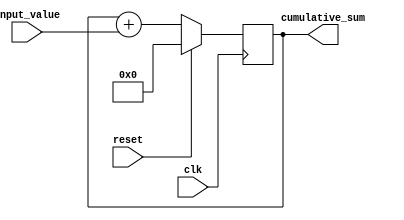
module accumulator (
    input wire clk,
    input wire reset,
    input wire [7:0] input_value,
    output reg [15:0] cumulative_sum
);

reg [15:0] accumulator;

always @(posedge clk) begin
    if(reset) begin
        accumulator <= 16'b0;
    end else begin
        accumulator <= accumulator + input_value;
    end
end

assign cumulative_sum = accumulator;

endmodule